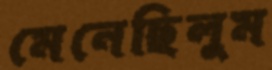
মেনেছিলুম